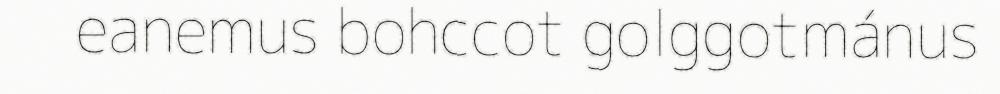
eanemus bohccot golggotmánus